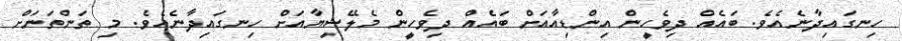
ހިނގައިދާނެއެވެ. ބައެއް ދިވެހީން އިންޑިއާއަށް ބައެއް ދިވެހީން މެލޭޝިޔާއަށް ހިނގައިދާނެއެވެ. މި ތަންތަނަށް